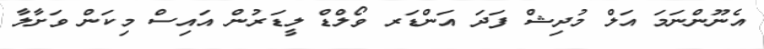
އެނޫންނަމަ އަލް މުދިޝް ފަދަ އަންޑަރ ވޯލްޑް ލީޑަރުން އައިސް މިކަން ވަށާލާ